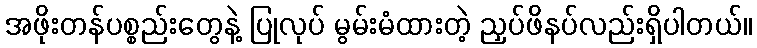
အဖိုးတန်ပစ္စည်းတွေနဲ့ ပြုလုပ် မွမ်းမံထားတဲ့ ညှပ်ဖိနပ်လည်းရှိပါတယ်။